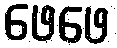
ဖေဖေ